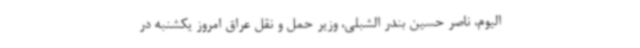
الیوم، ناصر حسین بندر الشبلی، وزیر حمل و نقل عراق امروز یکشنبه در